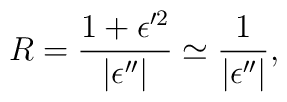
R=\frac{1+\epsilon'^2}{|\epsilon''|}\simeq \frac{1}{|\epsilon''|},